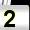
Digit: 2